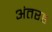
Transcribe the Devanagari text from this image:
अंतरह